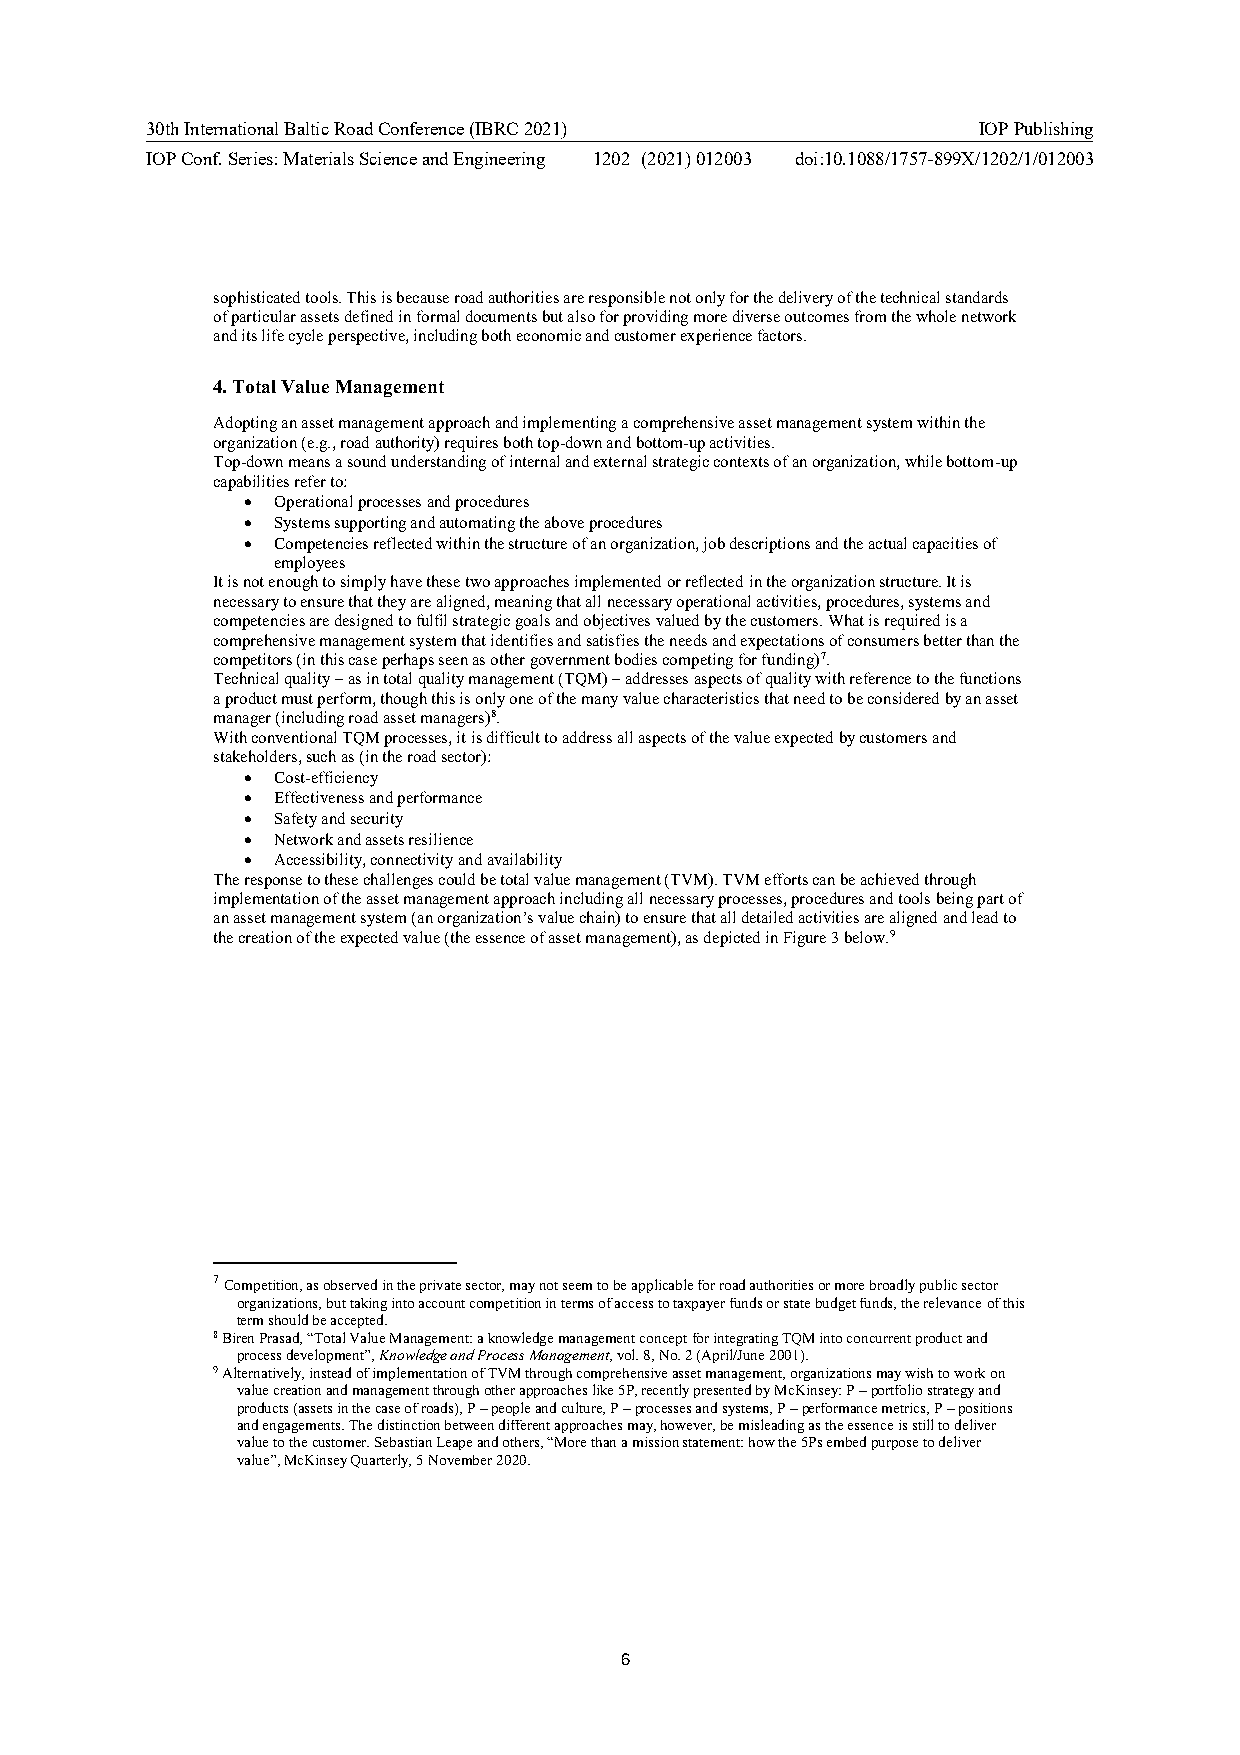
30th International Baltic Road Conference (IBRC 2021)  IOP Publishing
 IOP Conf. Series: Materials Science and Engineering 1202 (2021) 012003 doi:10.1088/1757-899X/1202/1/012003
 sophisticated tools. This is because road authorities are responsible not only for the delivery of the technical standards
 of particular assets defined in formal documents but also for providing more diverse outcomes from the whole network
 and its life cycle perspective, including both economic and customer experience factors.
 4.Total Value Management
 Adopting an asset management approach and implementing a comprehensive asset management system within the
 organization (e.g., road authority) requires both top-down and bottom-up activities.
 Top-down means a sound understanding of internal and external strategic contexts of an organization, while bottom-up
 capabilities refer to:
 · Operational processes and procedures
 · Systems supporting and automating the above procedures
 · Competencies reflected within the structure of an organization, job descriptions and the actual capacities of
 employees
 It is not enough to simply have these two approaches implemented or reflectedin the organization structure. It is
 necessary to ensure that they are aligned, meaning that all necessary operational activities, procedures, systems and
 competencies are designed to fulfil strategic goals and objectives valued by the customers. What is required is a
 comprehensive management system that identifies and satisfies the needs and expectations of consumers better than the
 competitors (in this case perhaps seen as other government bodies competing for funding)7.
 Technical quality –as in total quality management (TQM) –addresses aspects of quality with reference to the functions
 a product must perform, though this is only one of the many value characteristics that need to be considered by an asset
 manager (including road asset managers)8.
 Withconventional TQM processes, it is difficult to address all aspects of the value expected by customers and
 stakeholders, such as (in the road sector):
 · Cost-efficiency
 · Effectiveness and performance
 · Safety and security
 · Network and assets resilience
 · Accessibility, connectivity and availability
 The response to these challenges could be total value management (TVM). TVM efforts can be achieved through
 implementation of the asset management approach including all necessary processes, procedures and toolsbeing part of
 an asset management system (an organization’s value chain) to ensure that all detailed activities are aligned and lead to
 the creation of the expected value (the essence of asset management), as depicted in Figure 3below.9
 7Competition, as observed in the private sector, may not seem to be applicable for road authorities or more broadly public sector
 organizations, but taking into account competition in terms of access to taxpayer funds or state budget funds, the relevance of this
 term should be accepted.
 8Biren Prasad, “Total Value Management: a knowledge management conceptfor integrating TQM into concurrent product and
 process development”, Knowledge and Process Management, vol. 8, No. 2 (April/June 2001).
 9Alternatively, instead of implementation of TVM through comprehensive asset management, organizations may wish to work on
 value creation and management through other approaches like 5P, recently presented by McKinsey: P –portfolio strategy and
 products (assets in the case of roads), P –people and culture, P –processes and systems, P –performance metrics, P –positions
 and engagements. The distinction between different approaches may, however, be misleading as the essence is still to deliver
 value to the customer. Sebastian Leape and others, “More than a mission statement: how the 5Ps embed purpose to deliver
 value”, McKinsey Quarterly, 5 November 2020.
 6